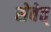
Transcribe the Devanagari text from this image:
सेवेत्